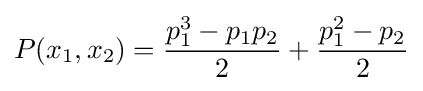
P(x_{1},x_{2})={\frac {p_{1}^{3}-p_{1}p_{2}}{2}}+{\frac {p_{1}^{2}-p_{2}}{2}}